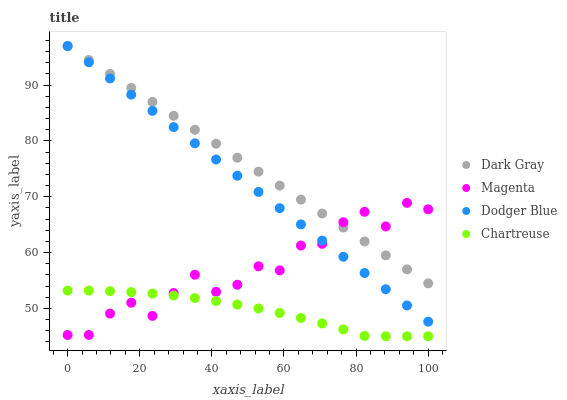
| xaxis_label | Dark Gray | Magenta | Dodger Blue | Chartreuse |
 | --- | --- | --- | --- | --- |
 | 0 | 97 | 45.2 | 97 | 53.2 |
 | 5.88 | 94.5 | 45.2 | 94.1 | 53.2 |
 | 11.8 | 92 | 49.1 | 91.2 | 53.1 |
 | 17.6 | 89.5 | 51 | 88.3 | 52.9 |
 | 23.5 | 87 | 48.6 | 85.4 | 52.6 |
 | 29.4 | 84.5 | 52.8 | 82.5 | 52.3 |
 | 35.3 | 82 | 56 | 79.6 | 51.8 |
 | 41.2 | 79.5 | 53 | 76.7 | 51.3 |
 | 47.1 | 77 | 54.2 | 73.8 | 50.7 |
 | 52.9 | 74.5 | 57.5 | 70.9 | 50 |
 | 58.8 | 72 | 56.8 | 67.9 | 49.2 |
 | 64.7 | 69.5 | 61.3 | 65 | 48.3 |
 | 70.6 | 67 | 61.6 | 62.1 | 47.3 |
 | 76.5 | 64.5 | 65.4 | 59.2 | 46.2 |
 | 82.4 | 62 | 67.3 | 56.3 | 45.1 |
 | 88.2 | 59.5 | 64.7 | 53.4 | 45 |
 | 94.1 | 57 | 68.9 | 50.5 | 45 |
 | 100 | 54.5 | 67.7 | 47.6 | 45 |